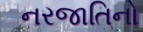
નરજાતિનો